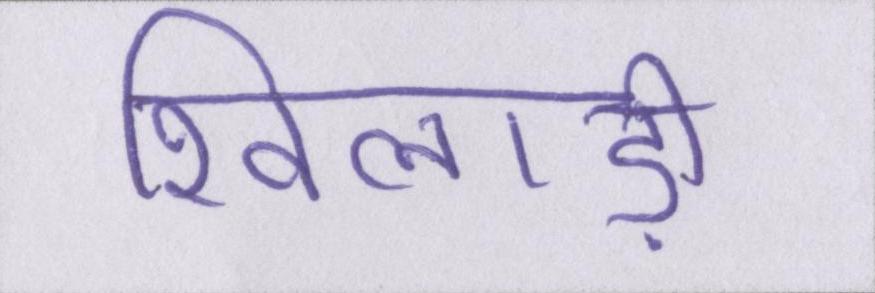
खिलाड़ी